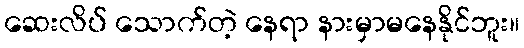
ဆေးလိပ် သောက်တဲ့ နေရာ နားမှာမနေနိုင်ဘူး။